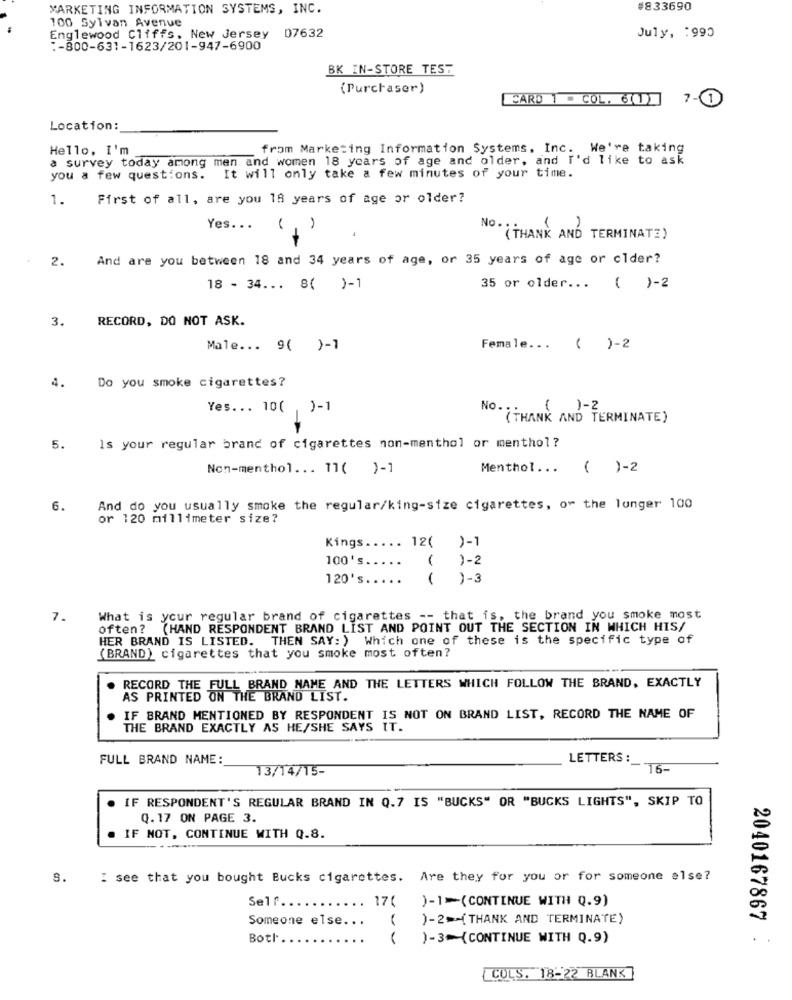
MARKETING INFORMATION SYSTEMS, INC.
#833690
100 Sylvan Avenue
July, : 990
Englewood Cliffs, New Jersey 07632
:- 800-631-1623/201-947-6900
BK IN-STORE TEST
(Purchaser)
CARD 1 - COL. 6(1)
7-1
Location:
Hello, I'm
from Marketing Information Systems, Inc. We're taking
a survey today among men and women 18 years of age and older, and I'd like to ask
you a few questions. It will only take a few minutes of your time.
1.
First of all, are you 18 years of age or older?
Yes. ..
NO . THANK AND TERMINATE)
2.
And are you between 18 and 34 years of age, or 35 years of age or clder?
18 - 34 ... 8( )-1
35 or older ... ( )-2
3.
RECORD, DO NOT ASK.
Male ... 9( )-1
Female ...
()-2
4.
Do you smoke cigarettes?
Yes ... 10( ,)-1
No .:
( .)-2
(THANK AND TERMINATE)
5.
Is your regular brand of cigarettes non-menthol or menthol?
Non-menthol ... 11( )-1
Menthol ...
( )-2
6.
And do you usually smoke the regular/king-size cigarettes, or the longer 100
or 120 millimeter size?
.. 12( )-1
Kings ..
100's.
( )-2
120's
..
( )-3
7.
What is your regular brand of cigarettes -- that is, the brand you smoke most
often? (HAND RESPONDENT BRAND LIST AND POINT OUT THE SECTION IN WHICH HIS/
HER BRAND IS LISTED. THEN SAY: ) Which one of these is the specific type of
(BRAND) cigarettes that you smoke most often?
RECORD THE FULL BRAND NAME AND THE LETTERS WHICH FOLLOW THE BRAND, EXACTLY
AS PRINTED ON THE BRAND LIST.
. IF BRAND MENTIONED BY RESPONDENT IS NOT ON BRAND LIST, RECORD THE NAME OF
THE BRAND EXACTLY AS HE/SHE SAYS IT.
FULL BRAND NAME:
LETTERS :
13/14/15-
16-
IF RESPONDENT'S REGULAR BRAND IN Q.7 IS "BUCKS" OR "BUCKS LIGHTS", SKIP TO
Q.17 ON PAGE 3.
IF NOT, CONTINUE WITH Q.8.
8.
: see that you bought Bucks cigarettes. Are they for you or for someone else?
Self ...
.. 170
)-1-(CONTINUE WITH Q.9)
Someone else ...
)-2>(THANK AND TERMINATE)
Botl.
)-3(CONTINUE WITH Q.9)
2040167867 .
COLS. 18-22 BLANK